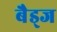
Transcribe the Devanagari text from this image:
बैड्ज